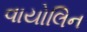
વાયોલિન